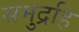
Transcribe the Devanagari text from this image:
समुद्रहि